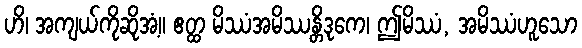
ဟိ၊ အကျယ်ကိုဆိုအံ့။ ဧတ္ထ မိဿံအမိဿန္တိဒုကေ၊ ဤမိဿံ, အမိဿံဟူသော